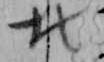
北